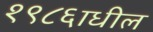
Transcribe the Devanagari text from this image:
१९८६ाधील